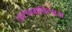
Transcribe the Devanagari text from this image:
कल्पनाविलास